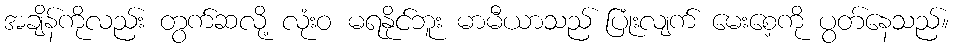
အချိန်ကိုလည်း တွက်ဆလို့ လုံးဝ မရနိုင်ဘူး မာမီယာသည် ပြုံးလျက် မေးစေ့ကို ပွတ်နေသည်။